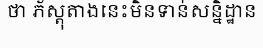
ថា ភ័ស្តុតាងនេះមិនទាន់សន្និដ្ឋាន